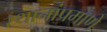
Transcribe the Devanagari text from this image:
स्थानांप्रमाणे